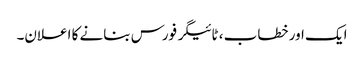
ایک اور خطاب ، ٹائیگر فورس بنانے کا اعلان۔